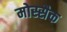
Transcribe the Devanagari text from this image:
मोस्सैक